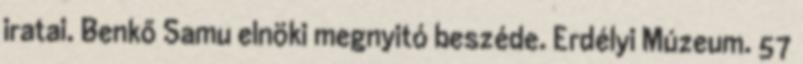
iratai. Benkő Samu elnöki megnyitó beszéde. Erdélyi Múzeum. 57